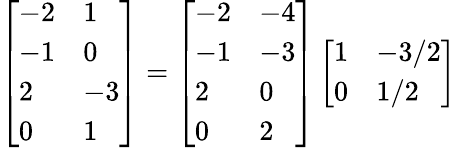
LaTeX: \begin{array}{r}{\left[\begin{array}{ll}{-2}&{1}\\ {-1}&{0}\\ {2}&{-3}\\ {0}&{1}\end{array}\right]=\left[\begin{array}{ll}{-2}&{-4}\\ {-1}&{-3}\\ {2}&{0}\\ {0}&{2}\end{array}\right]\left[\begin{array}{ll}{1}&{-3/2}\\ {0}&{1/2}\end{array}\right]}\end{array}